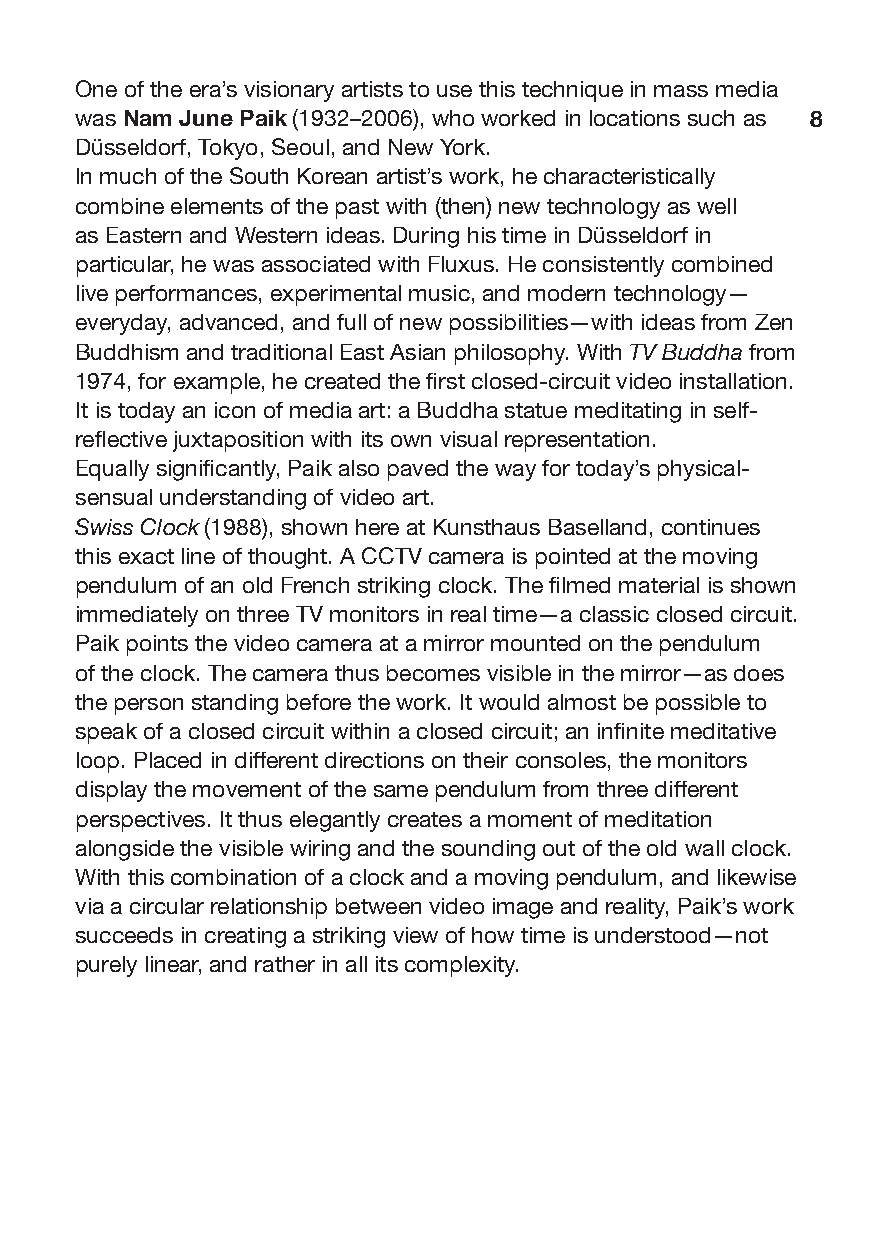
One of the era’s visionary artists to use this technique in mass media
 was Nam June Paik (1932–2006), who worked in locations such as 8
 Düsseldorf, Tokyo, Seoul, and New York.
 In much of the South Korean artist’s work, he characteristically
 combine elements of the past with (then) new technology as well
 as Eastern and Western ideas. During his time in Düsseldorf in
 particular, he was associated with Fluxus. He consistently combined
 live performances, experimental music, and modern technology—
 everyday, advanced, and full of new possibilities—with ideas from Zen
 Buddhism and traditional East Asian philosophy. With TV Buddha from
 1974, for example, he created the first closed-circuit video installation.
 It is today an icon of media art: a Buddha statue meditating in self-
 reflective juxtaposition with its own visual representation.
 Equally significantly, Paik also paved the way for today’s physical-
 sensual understanding of video art.
 Swiss Clock (1988), shown here at Kunsthaus Baselland, continues
 this exact line of thought. A CCTV camera is pointed at the moving
 pendulum of an old French striking clock. The filmed material is shown
 immediately on three TV monitors in real time—a classic closed circuit.
 Paik points the video camera at a mirror mounted on the pendulum
 of the clock. The camera thus becomes visible in the mirror—as does
 the person standing before the work. It would almost be possible to
 speak of a closed circuit within a closed circuit; an infinite meditative
 loop. Placed in different directions on their consoles, the monitors
 display the movement of the same pendulum from three different
 perspectives. It thus elegantly creates a moment of meditation
 alongside the visible wiring and the sounding out of the old wall clock.
 With this combination of a clock and a moving pendulum, and likewise
 via a circular relationship between video image and reality, Paik’s work
 succeeds in creating a striking view of how time is understood—not
 purely linear, and rather in all its complexity.